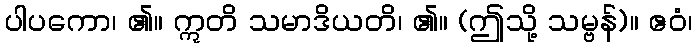
ပါပကော၊ ၏။ ဣတိ သမာဒိယတိ၊ ၏။ (ဤသို့ သမ္ဗန်)။ ဧဝံ၊